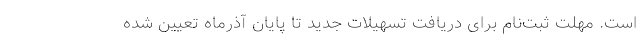
است. مهلت ثبت‌نام برای دریافت تسهیلات جدید تا پایان آذرماه تعیین شده